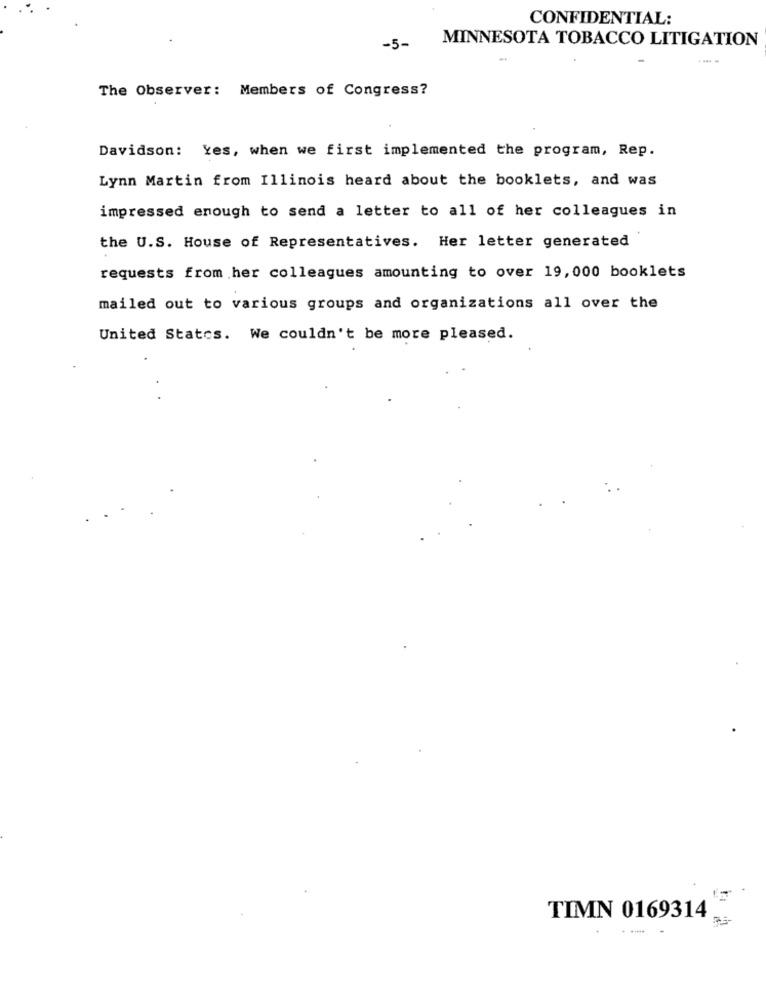
CONFIDENTIAL:
MINNESOTA TOBACCO LITIGATION
-5-
The Observer: Members of Congress?
Davidson: Yes, when we first implemented the program, Rep.
Lynn Martin from Illinois heard about the booklets, and was
impressed enough to send a letter to all of her colleagues in
the U.S. House of Representatives. Her letter generated
requests from her colleagues amounting to over 19,000 booklets
mailed out to various groups and organizations all over the
United States. We couldn't be more pleased.
TIMN 0169314